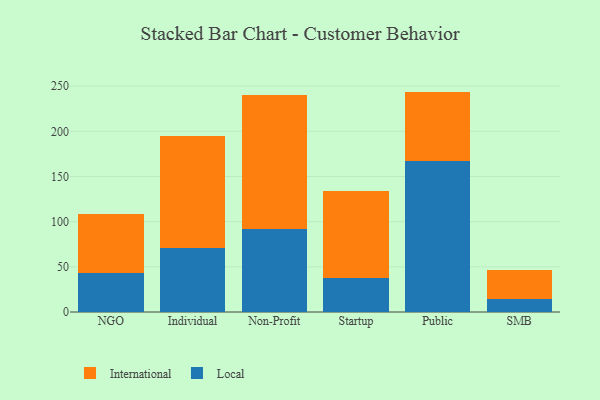
{"axis": {"x": "Segment", "y": "Page Views"}, "legend": ["International", "Local"], "data": [{"x": "NGO", "y": 43.7, "type": "Local"}, {"x": "NGO", "y": 65.0, "type": "International"}, {"x": "Individual", "y": 71.2, "type": "Local"}, {"x": "Individual", "y": 123.3, "type": "International"}, {"x": "Non-Profit", "y": 92.0, "type": "Local"}, {"x": "Non-Profit", "y": 148.6, "type": "International"}, {"x": "Startup", "y": 37.7, "type": "Local"}, {"x": "Startup", "y": 96.8, "type": "International"}, {"x": "Public", "y": 167.7, "type": "Local"}, {"x": "Public", "y": 76.3, "type": "International"}, {"x": "SMB", "y": 14.4, "type": "Local"}, {"x": "SMB", "y": 32.0, "type": "International"}]}